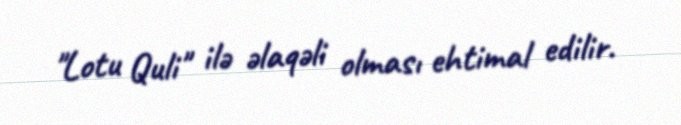
"Lotu Quli" ilə əlaqəli olması ehtimal edilir.